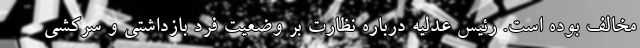
مخالف بوده است. رئیس عدلیه درباره نظارت بر وضعیت فرد بازداشتی و سرکشی